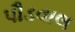
પૌડવાલ